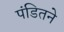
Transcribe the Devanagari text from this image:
पंडितने